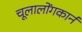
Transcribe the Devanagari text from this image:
चूलालोंगकार्न